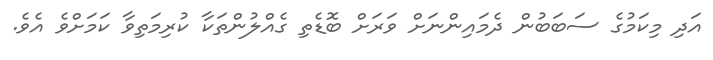
އަދި މިކަމުގެ ސަބަބުން ދެމައިންނަށް ވަރަށް ބޮޑެތި ގެއްލުންތަކާ ކުރިމަތިވާ ކަމަށްވެ އެވެ.